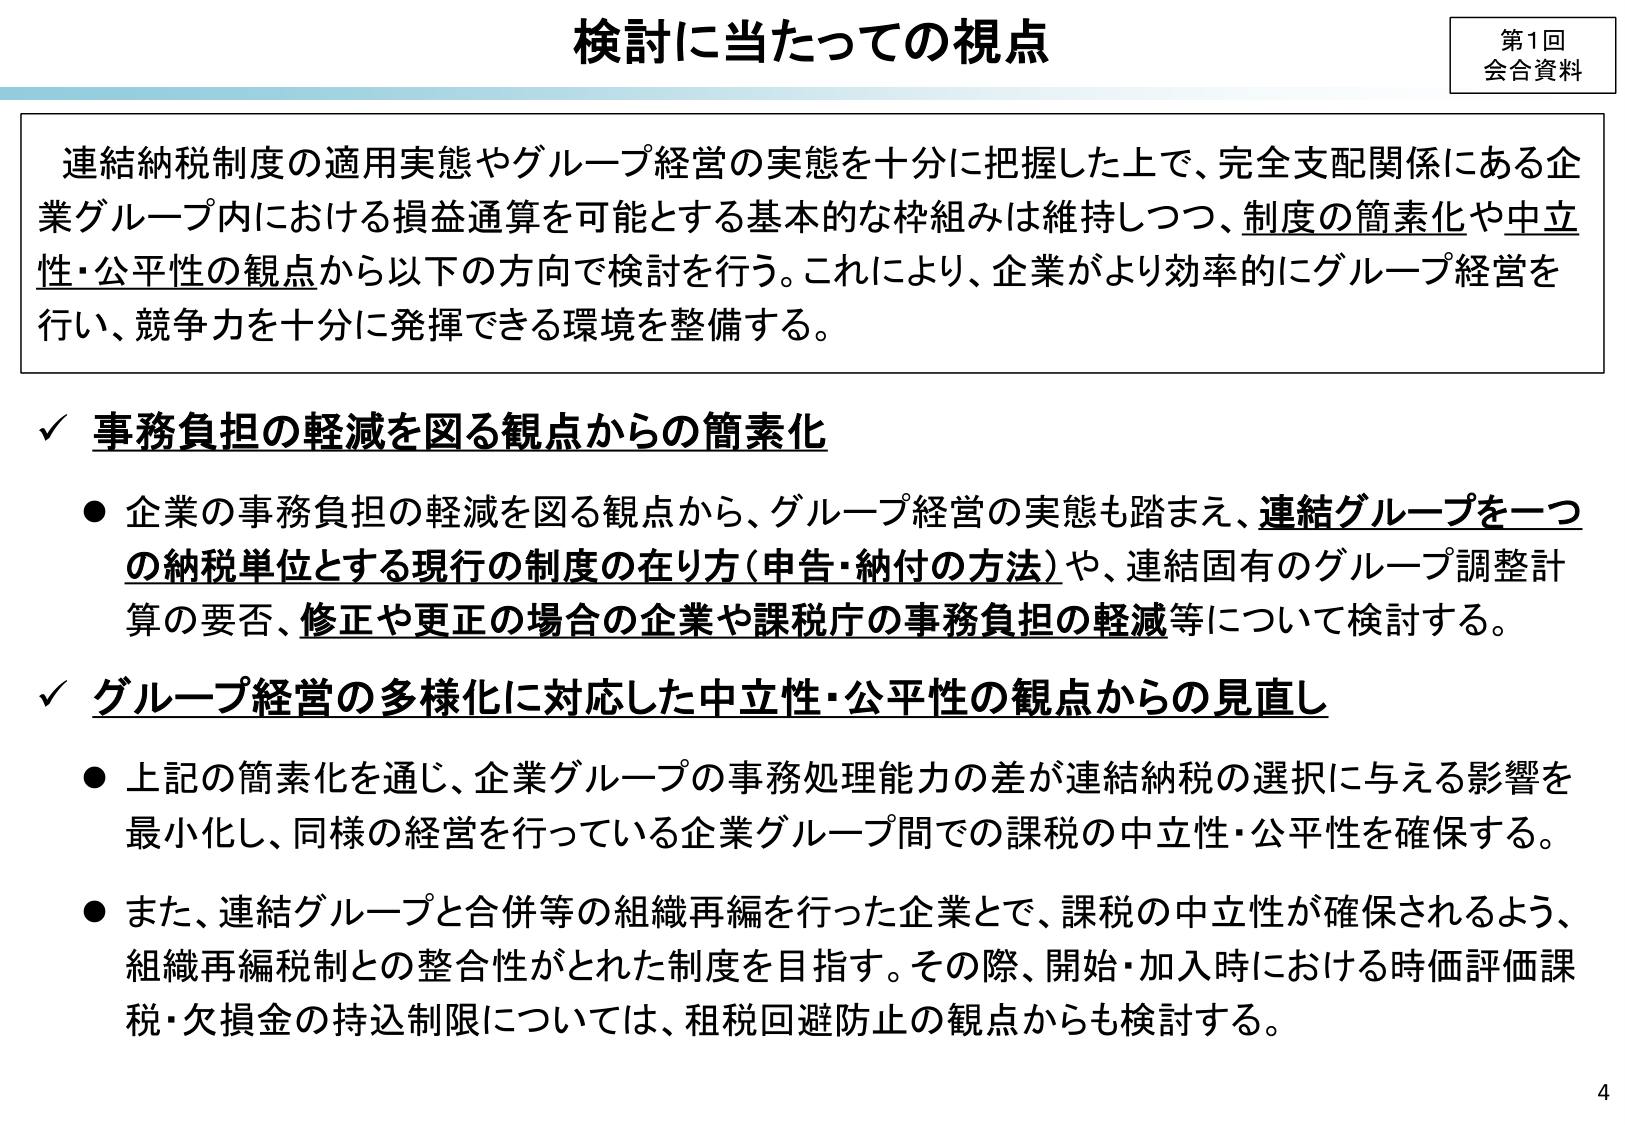
検討に当たっての視点

第1回
会合資料

連結納税制度の適用実態やグループ経営の実態を十分に把握した上で、完全支配関係にある企業グループ内における損益通算を可能とする基本的な枠組みは維持しつつ、制度の簡素化や中立性・公平性の観点から以下の方向で検討を行う。これにより、企業がより効率的にグループ経営を行い、競争力を十分に発揮できる環境を整備する。

✓ 事務負担の軽減を図る観点からの簡素化
● 企業の事務負担の軽減を図る観点から、グループ経営の実態も踏まえ、連結グループを一つの納税単位とする現行の制度の在り方（申告・納付の方法）や、連結固有のグループ調整計算の要否、修正や更正の場合の企業や課税庁の事務負担の軽減等について検討する。

✓ グループ経営の多様化に対応した中立性・公平性の観点からの見直し
● 上記の簡素化を通じ、企業グループの事務処理能力の差が連結納税の選択に与える影響を最小化し、同様の経営を行っている企業グループ間での課税の中立性・公平性を確保する。
● また、連結グループと合併等の組織再編を行った企業とで、課税の中立性が確保されるよう、組織再編税制との整合性がとれた制度を目指す。その際、開始・加入時における時価評価課税・欠損金の持込制限については、租税回避防止の観点からも検討する。

4